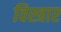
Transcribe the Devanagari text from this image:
विस्त्रार